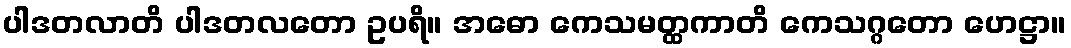
ပါဒတလာတိ ပါဒတလတော ဥပရိ။ အဓော ကေသမတ္ထကာတိ ကေသဂ္ဂတော ဟေဋ္ဌာ။